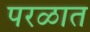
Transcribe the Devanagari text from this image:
परळात